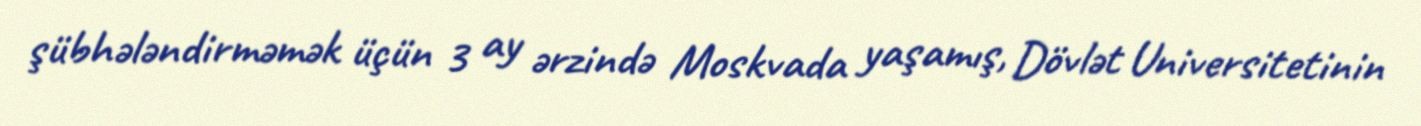
şübhələndirməmək üçün 3 ay ərzində Moskvada yaşamış, Dövlət Universitetinin